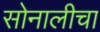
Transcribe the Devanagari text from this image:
सोनालीचा